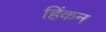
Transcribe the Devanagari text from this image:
हिंकन